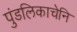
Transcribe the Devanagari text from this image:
पुंडलिकाचेनि